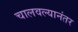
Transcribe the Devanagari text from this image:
चालवल्यानंतर